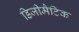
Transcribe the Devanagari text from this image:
डिजीमैटिक